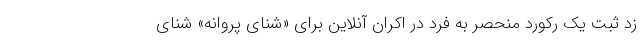
زد ثبت یک رکورد منحصر به فرد در اکران آنلاین برای «شنای پروانه» شنای